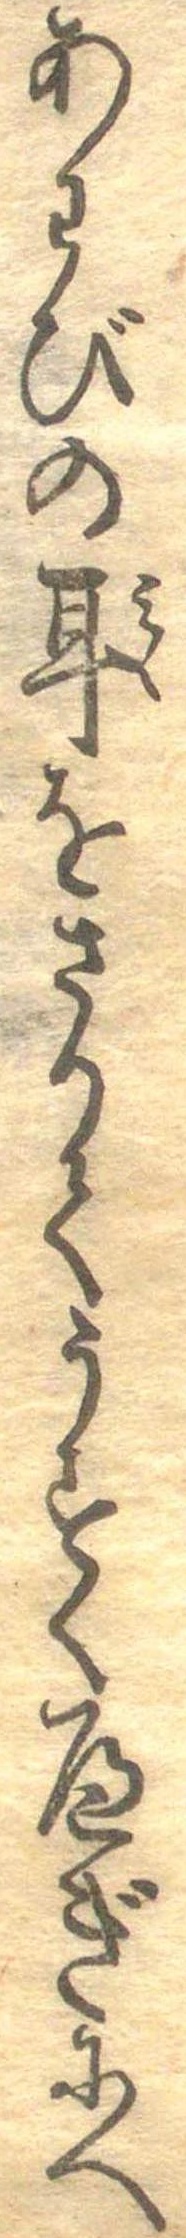
あわびの耳をさりてうすくへぎにへ